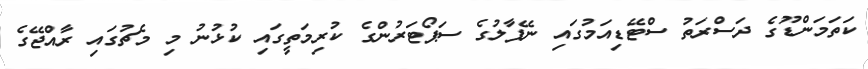
ކަތަމަންޑޫގެ ދަސްރަތު ސްޓޭޑިއަމުގައި ނޭޕާލުގެ ސަޕޯޓަރުންގެ ކުރިމަތީގައި ކުޅުނު މި މެޗުގައި ރާއްޖޭގެ